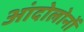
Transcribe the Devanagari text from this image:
आंदोलोनों